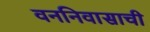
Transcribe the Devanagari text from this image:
वननिवासाची